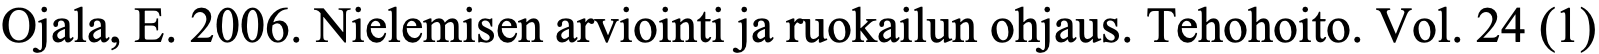
Ojala, E. 2006. Nielemisen arviointi ja ruokailun ohjaus. Tehohoito. Vol. 24 (1)